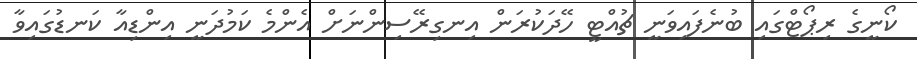
ކޯނީގެ ރިޕޯޓްގައި ބުނެފައިވަނީ ޗުއްޓީ ހޭދަކުރަން އިނގިރޭސިންނަށް އެންމެ ކަމުދަނީ އިންޑިއާ ކަނޑުގައިވާ